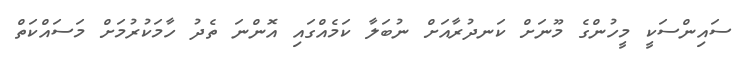
ސައިންސަކީ މީހުންގެ މޫނަށް ކަނދުރާއަށް ނުބަލާ ކަމެއްގައި އޮންނަ ތެދު ހާމަކުރުމަށް މަސައްކަތް